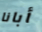
أبانا